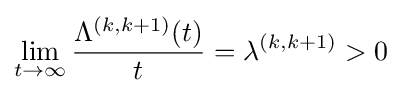
\lim _{t\rightarrow \infty }{\frac {\Lambda ^{(k,k+1)}(t)}{t}}=\lambda ^{(k,k+1)}>0